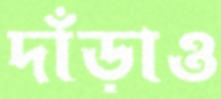
দাঁড়াও